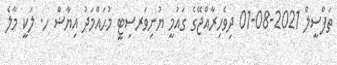
ތަފްސީލް 2021-08-01 ދިވެހިރާއްޖޭގެ ގައުމީ ޔުނިވަރސިޓީ މުޙައްމަދު އިޔާޟް ހ. ލަކީ މާލެ